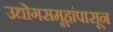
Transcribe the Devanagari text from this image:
उद्योगसमूहांपासून